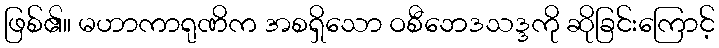
ဖြစ်၏။ မဟာကာရုဏိက အစရှိသော ဝစီဘေဒသဒ္ဒကို ဆိုခြင်းကြောင့်